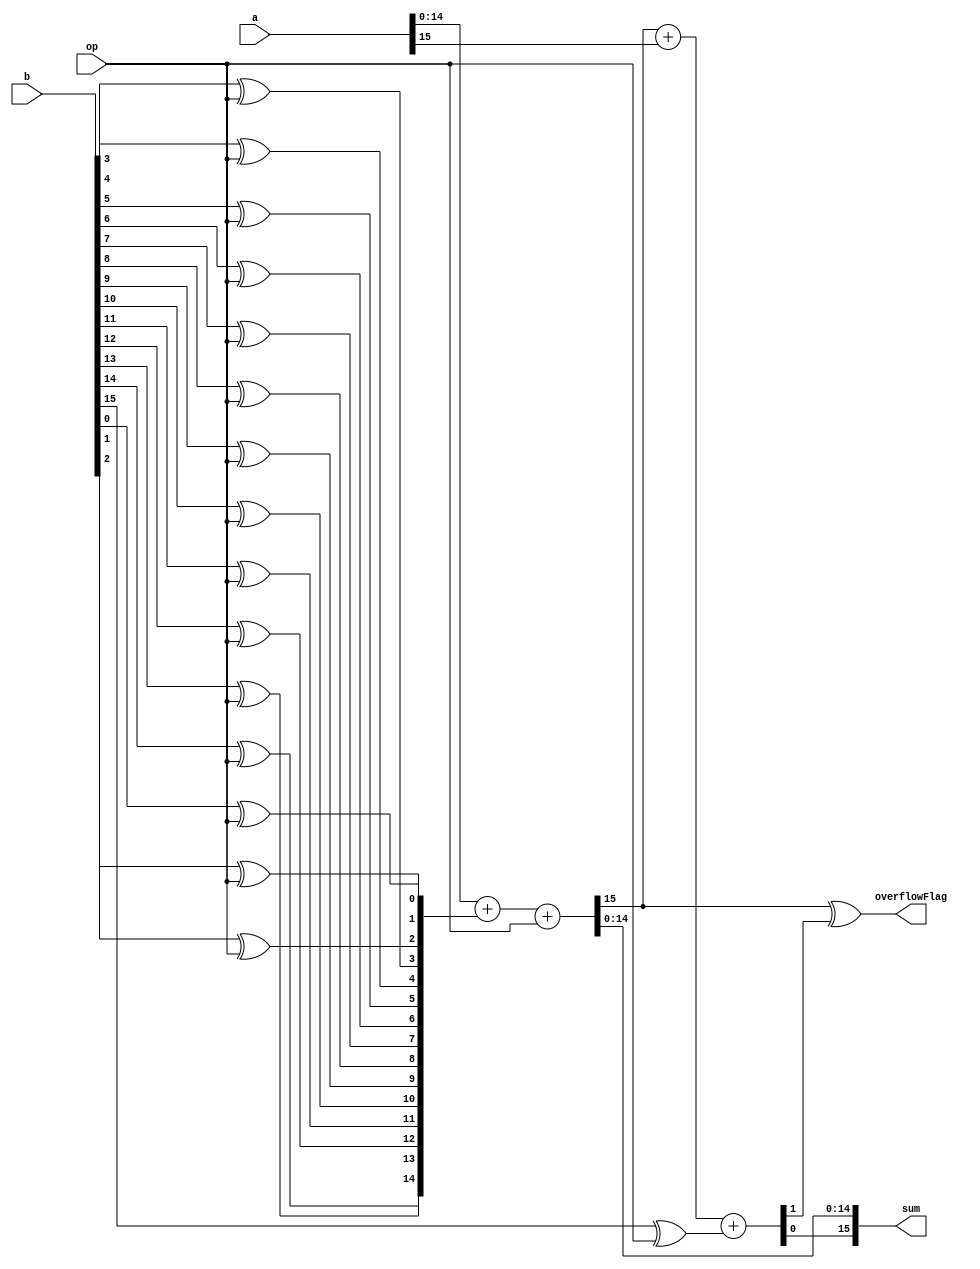
module FixedPoint_AdderSub_Baseline#(parameter WIDTH = 16)(a,b,op,sum,overflowFlag);
  input  [WIDTH-1:0]a;
  input  [WIDTH-1:0]b;	
  input  op;
  reg [WIDTH-1:0]sum15; 
  reg sum16; 
  wire [WIDTH-1:0]b_signed; 
  reg Zero =1'b0;
  output reg overflowFlag;
  output reg [WIDTH-1:0]sum;   


//invert B if Sub=true
genvar i;
generate 
for (i = 0; i < WIDTH; i = i + 1) begin
	assign b_signed[i] = b[i] ^ op;
end
endgenerate
	

  always @ (a or b_signed or op ) begin
  sum15={Zero,a[WIDTH-2:0]}+{Zero,b_signed[WIDTH-2:0]}+op;
  {sum16,sum[WIDTH-1]}= sum15[WIDTH-1] + a[WIDTH-1] + b_signed[WIDTH-1];
  overflowFlag = ( sum15[WIDTH-1] ^ sum16); //Carry (n-1) not equal Carry(n) == overflow(1)
  sum[WIDTH-2:0]=sum15[WIDTH-2:0];
	
	
  end

endmodule